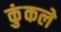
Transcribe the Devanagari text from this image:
कुंकले